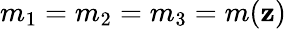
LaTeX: m_{1}=m_{2}=m_{3}=m(\mathbf{z})